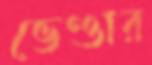
ভেণ্ডার